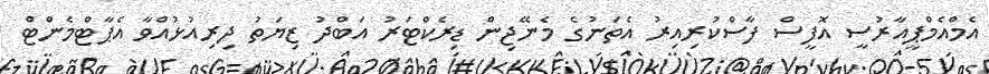
އެމްއެމްޕީއާރުސީ އޮފީސް ފާސްކުރިއިރު އެތަނުގެ މެނޭޖިން ޑިރެކްޓަރު އަބްދު ޒިޔަތު ދިރިއުޅުއްވާ އެޕާޓްމެންޓް